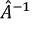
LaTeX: { \hat { A } } ^ { - 1 }